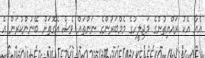
އެއާ އެކު ރައްޔިތުންގެ މަޖިލީހުގެ މެމްބަރުންގެ ނަންތައް ވެސް އެގޮތަށް ބޭނުންކުރަން އެ